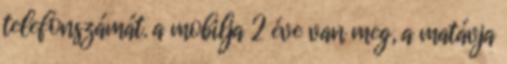
telefonszámát. a mobilja 2 éve van meg, a matávja